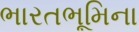
ભારતભૂમિના